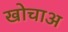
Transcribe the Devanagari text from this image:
खोचाअ